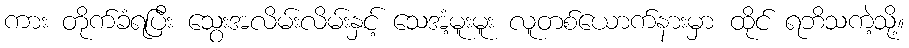
ကား တိုက်ခံရပြီး သွေးအလိမ်းလိမ်းနှင့် သေအံ့မူးမူး လူတစ်ယောက်နားမှာ ထိုင် ရဘိသကဲ့သို့။